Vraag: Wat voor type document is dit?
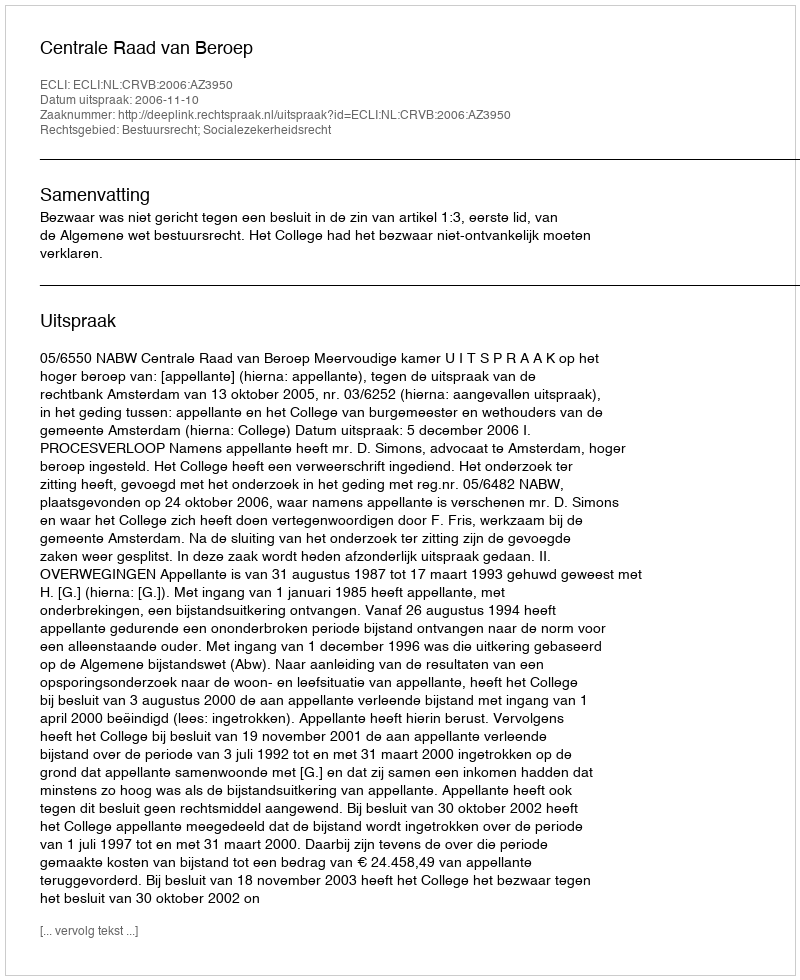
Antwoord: Uitspraak